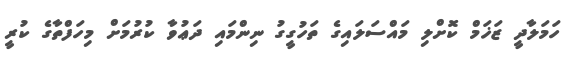
ހަމަލާދީ ޒަޚަމް ކޮށްލި މައްސަލައިގެ ތަހުގީގު ނިންމައި ދަޢުވާ ކުރުމަށް މިހަފްތާގެ ކުރީ